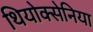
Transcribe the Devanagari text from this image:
थियोक्सेनिया